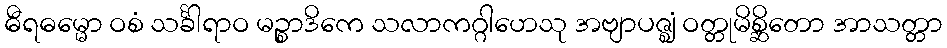
ဓီရဓမ္မော ဝစံ သင်္ခါရာဝ မဉ္စာဒိကေ သလာကဂ္ဂါဟေသု အဗျာပဇ္ဈံ ဝတ္တုမိစ္ဆိတော အာသတ္တာ